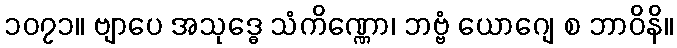
၁၀၇၁။ ဗျာပေ အသုဒ္ဓေ သံကိဏ္ဏော၊ ဘဗ္ဗံ ယောဂျေ စ ဘာဝိနိ။